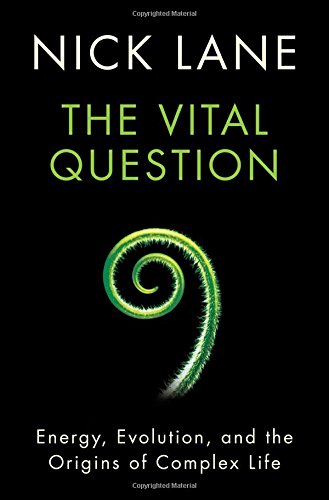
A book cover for The Vital Question: Energy, Evolution, and the Origins of Complex Life; Nick Lane; Science & Math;